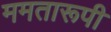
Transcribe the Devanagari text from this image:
ममतारूपी